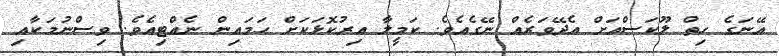
އޭނަގެ ހިތް ލޫކަސްއަށް އެދޭވަރެއް ނޭގެއެވެ. ކަމީލާ އިރުކޮޅަކަށް ހަމައިން ނެއްޓިއެވެ. ވިސްނުމަކާއި